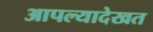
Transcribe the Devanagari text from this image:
आपल्यादेखत